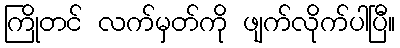
ကြိုတင် လက်မှတ်ကို ဖျက်လိုက်ပါပြီ။